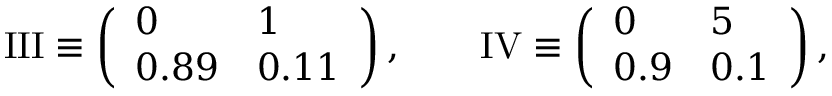
\mathrm { I I I } \equiv \left( \begin{array} { l l } { 0 } & { 1 } \\ { 0 . 8 9 } & { 0 . 1 1 } \end{array} \right) , \qquad \mathrm { I V } \equiv \left( \begin{array} { l l } { 0 } & { 5 } \\ { 0 . 9 } & { 0 . 1 } \end{array} \right) ,